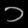
Digit: ၁